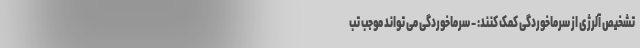
تشخیص آلرژی از سرماخوردگی کمک کنند: - سرماخوردگی می تواند موجب تب